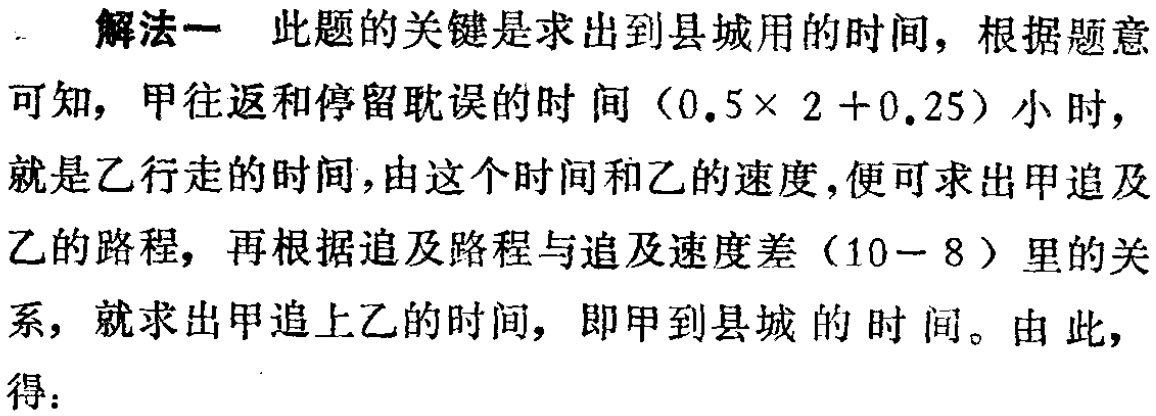
解法一 此题的关键是求出到县城用的时间，根据题意可知，甲往返和停留耽误的时间\((0.5\times 2 + 0.25)\)小时，就是乙行走的时间，由这个时间和乙的速度，便可求出甲追及乙的路程，再根据追及路程与追及速度差\((10 - 8)\)里的关系，就求出甲追上乙的时间，即甲到县城的时间。由此，得：